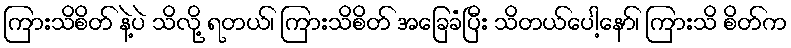
ကြားသိစိတ် နဲ့ပဲ သိလို့ ရတယ်၊ ကြားသိစိတ် အခြေခံပြီး သိတယ်ပေါ့နော်၊ ကြားသိ စိတ်က